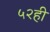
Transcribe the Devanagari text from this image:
५२ही